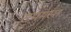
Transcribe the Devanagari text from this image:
सपमस्त